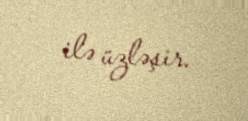
ilə üzləşir.